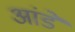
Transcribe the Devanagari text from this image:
आंडे